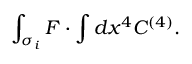
\int _ { \sigma _ { i } } { \cal F } \cdot \int d x ^ { 4 } C ^ { ( 4 ) } .